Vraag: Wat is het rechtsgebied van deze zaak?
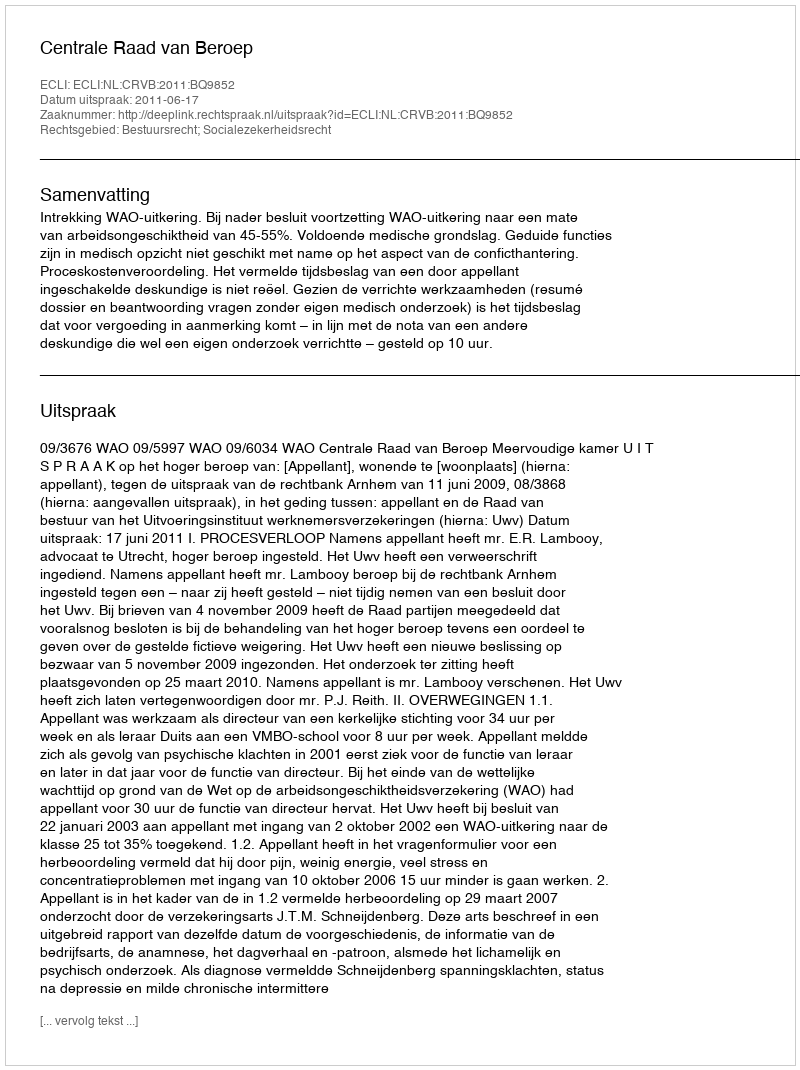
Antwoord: Bestuursrecht; Socialezekerheidsrecht